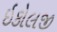
ઇકોલજી